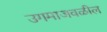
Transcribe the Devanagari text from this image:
उगमाजवळील